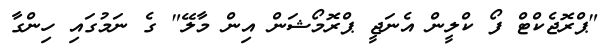
"ޕްރޮޖެކްޓް ފޯ ކްލީން އެނަޖީ ޕްރޮމޯޝަން އިން މާލޭ" ގެ ނަމުގައި ހިންގާ